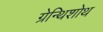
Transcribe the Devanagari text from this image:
ग्रेन्थिशोथ